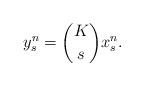
LaTeX: \begin{align*}y^n_s=\binom{K}{s}x^n_s.\end{align*}